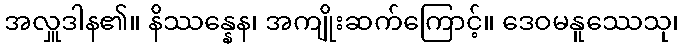
အလှူဒါန၏။ နိဿန္နေန၊ အကျိုးဆက်ကြောင့်။ ဒေဝမနူဿေသု၊